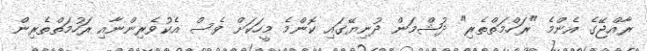
ރާއްޖޭގެ އެންމެ "ރަހްމަތްތެރި" ދުޝްމަން ދުނިޔޭގައި ކޮންމެ މީހަކަށް ވެސް އެކުވެރިންނާއި ރަހުމަތްތެރިން